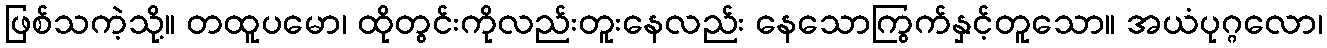
ဖြစ်သကဲ့သို့။ တထူပမော၊ ထိုတွင်းကိုလည်းတူးနေလည်း နေသောကြွက်နှင့်တူသော။ အယံပုဂ္ဂလော၊